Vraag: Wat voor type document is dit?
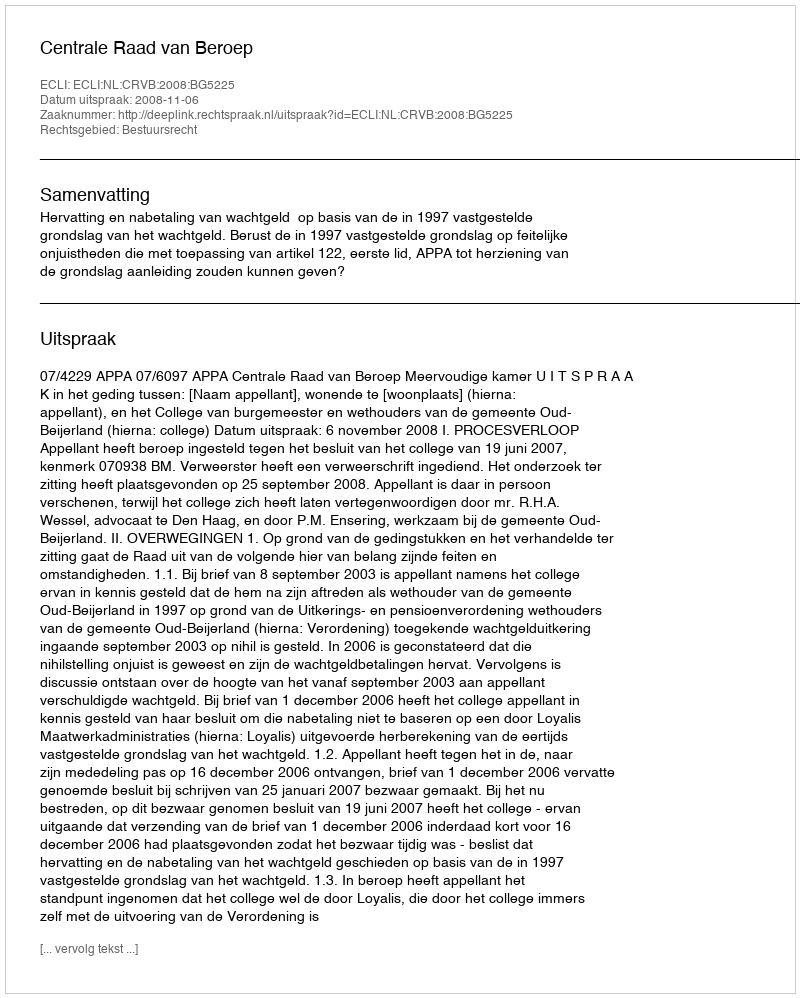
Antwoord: Uitspraak